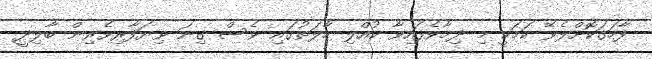
ފާހަގަކޮށްލެވޭ ކަމަކީ މި ދިމާވެފައިވާ ކުއްލި ހާލަތުގައި ވެސް ގިނަ ވިޔަފާރިވެރިން ބާލިދީ